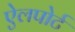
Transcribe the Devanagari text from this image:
ऐलपोर्ट